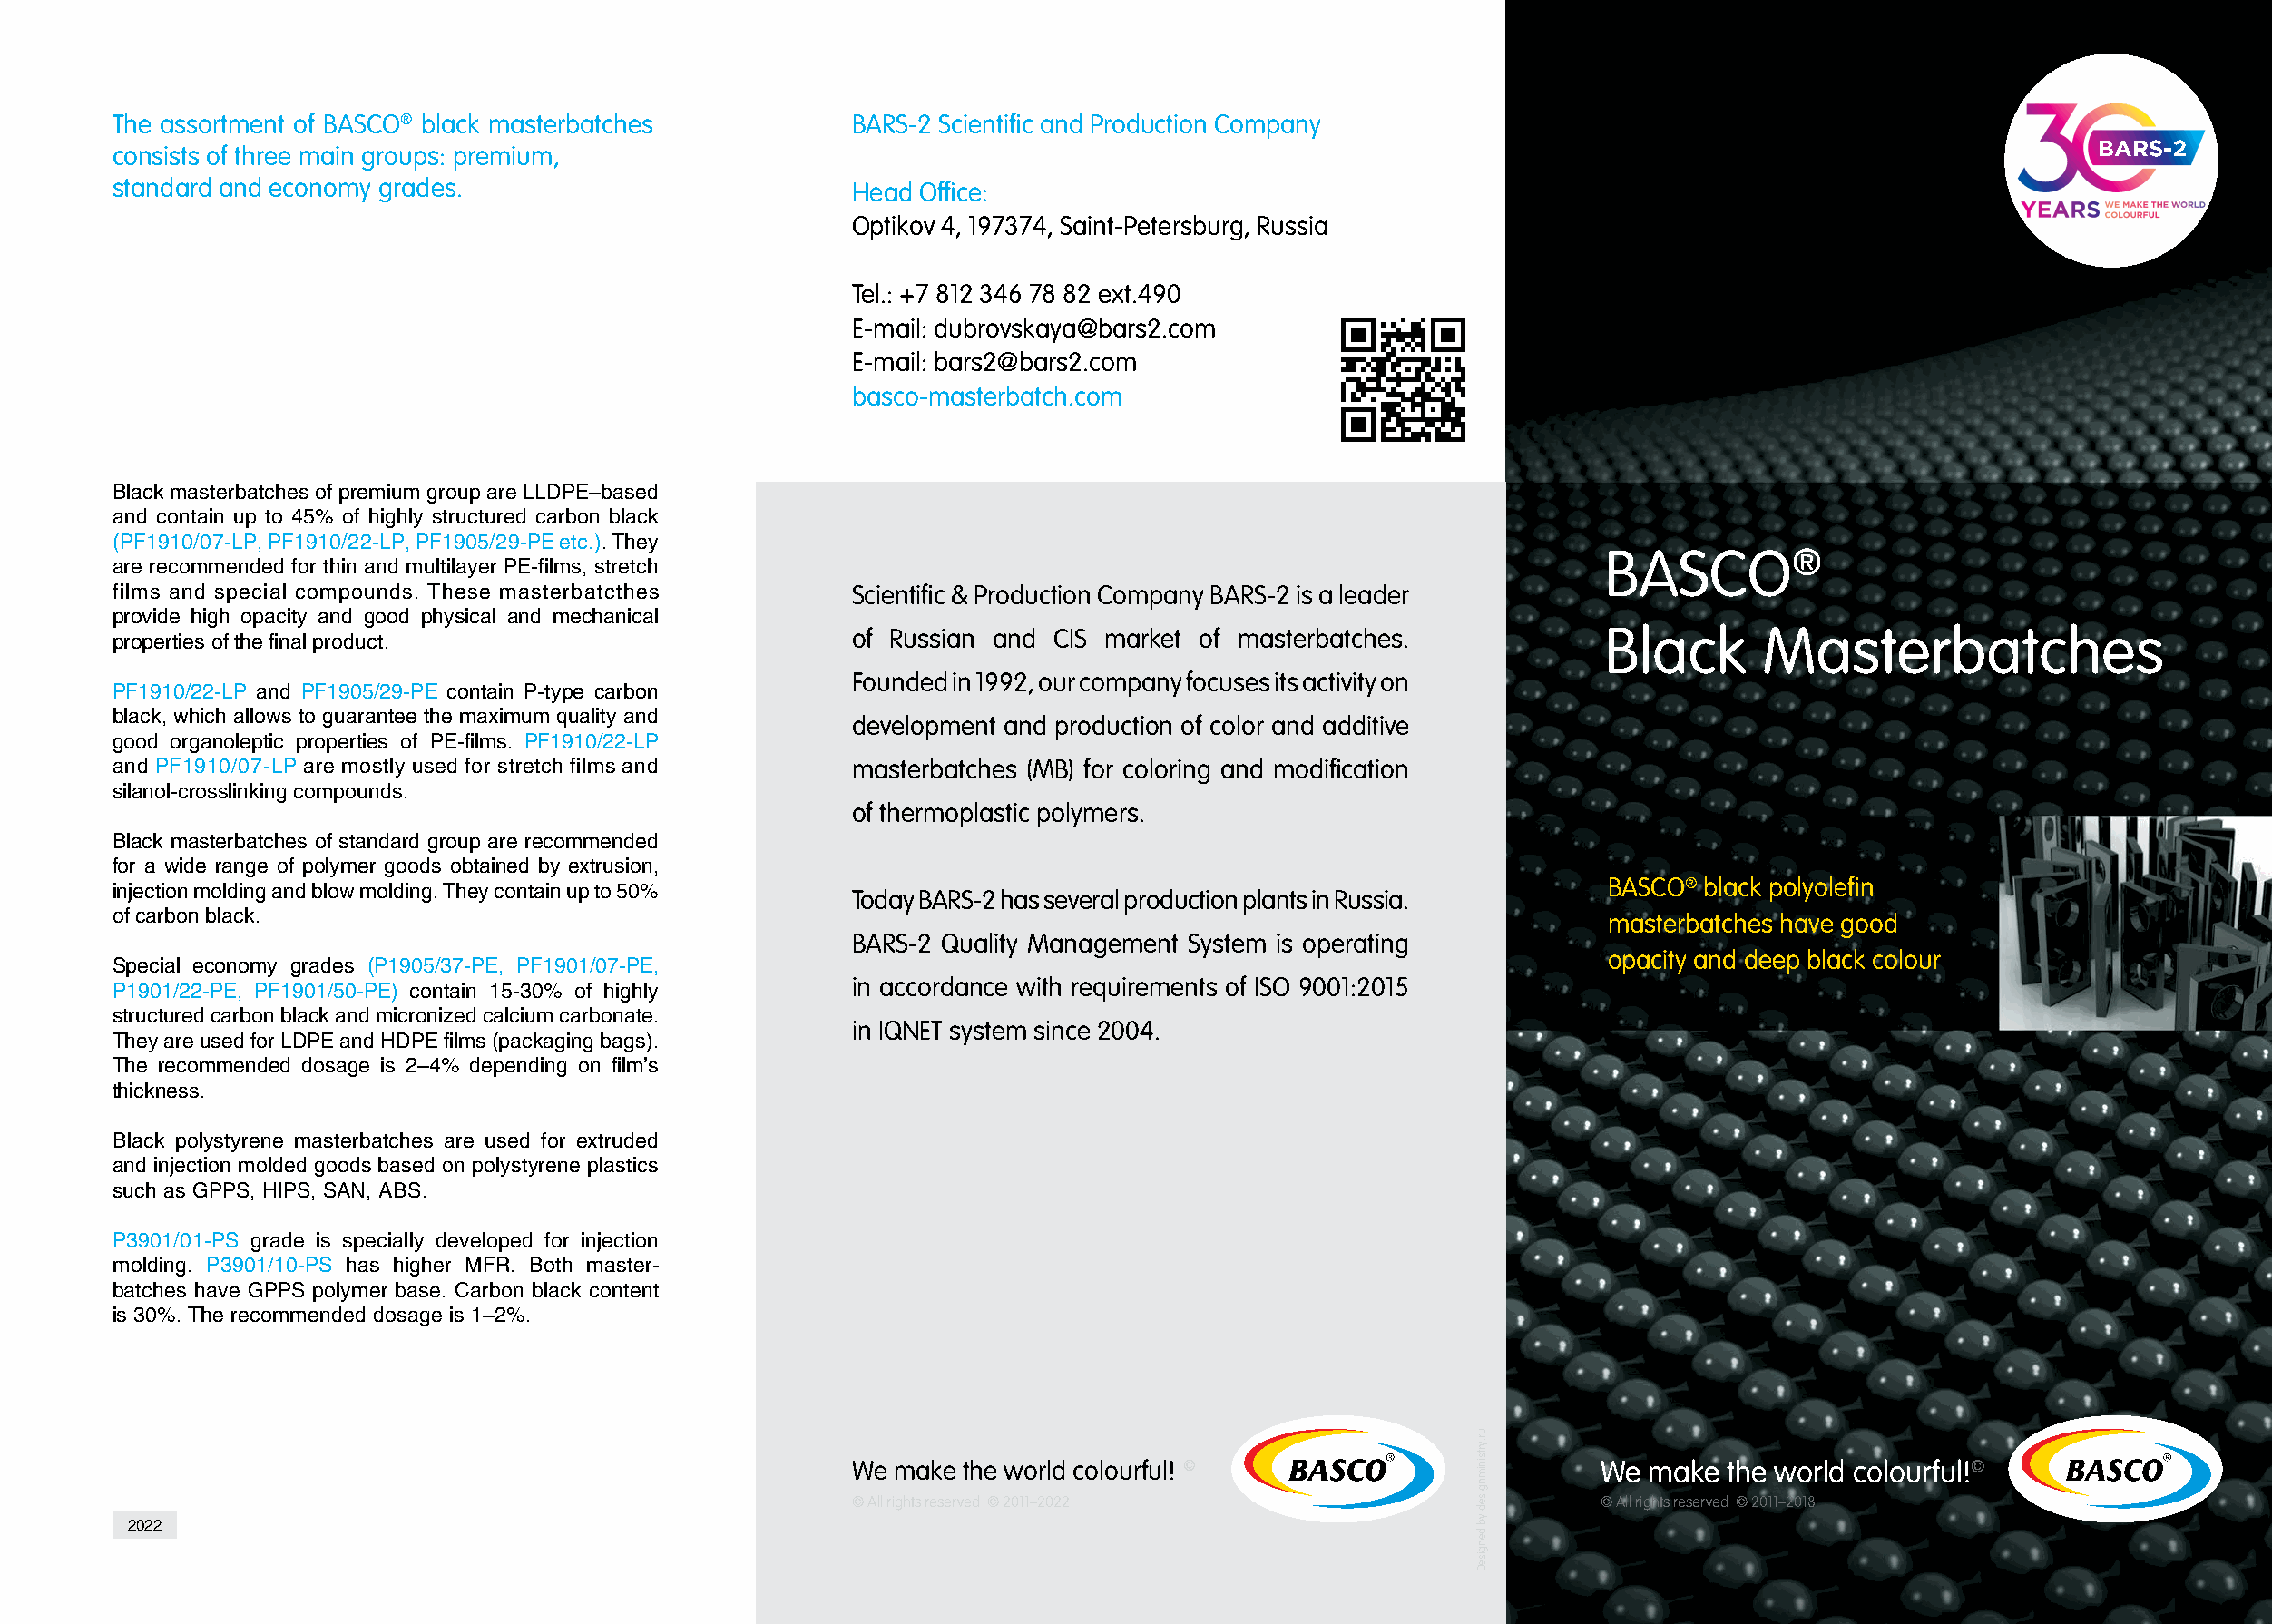
The assortment of BASCO® black masterbatches          BARS-2 Scientific and Production Company
 consists of three main groups: premium,
 standard and economy grades.                          Head Office:
 Optikov 4, 197374, Saint-Petersburg, Russia
 Tel.: +7 812 346 78 82 ext.490
 E-mail: dubrovskaya@bars2.com
 E-mail: bars2@bars2.com
 basco-masterbatch.com
 Black masterbatches of premium group are LLDPE–based
 and contain up to 45% of highly structured carbon black
 (PF1910/07-LP, PF1910/22-LP, PF1905/29-PE etc.). They
 BASCO®
 are recommended for thin and multilayer PE-films, stretch
 films and special compounds. These masterbatcthes     Scientific & Production Company BARS-2 is a leader
 provide high opacity and good physical and mechanical
 properties of the final product.                      of Russian and CIS market of masterbatches.            Black       Masterbatches
 Founded in 1992, our company focuses its activity on
 PF1910/22-LP and PF1905/29-PE contain P-type carbon
 black, which allows to guarantee the maximum quality and
 development and production of color and additive
 good organoleptic properties of PE-films. PF1910/22-LP
 and PF1910/07-LP are mostly used for stretch films and masterbatches (MB) for coloring and modification
 silanol-crosslinking compounds.
 of thermoplastic polymers.
 Black masterbatches of standard group are recommended
 for a wide range of polymer goods obtained by extrusion,
 injection molding and blow molding. They contain up to 50%                                                   BASCO® black polyolefin
 Today BARS-2 has several production plants in Russia.
 of carbon black.
 masterbatches have good
 BARS-2 Quality Management System is operating
 opacity and deep black colour
 Special economy grades (P1905/37-PE, PF1901/07-PE,
 P1901/22-PE, PF1901/50-PE) contain 15-30% of highly   in accordance with requirements of ISO 9001:2015
 structured carbon black and micronized calcium carbonate.
 in IQNET system since 2004.
 They are used for LDPE and HDPE films (packaging bags).
 The recommended dosage is 2–4% depending on film’s
 thickness.
 Black polystyrene masterbatches are used for extruded
 and injection molded goods based on polystyrene plastics
 such as GPPS, HIPS, SAN, ABS.
 P3901/01-PS grade is specially developed for injection
 molding. P3901/10-PS has higher MFR. Both master-
 batches have GPPS polymer base. Carbon black content
 is 30%. The recommended dosage is 1–2%.
 We make the world colourful! ©                         We make  the world colourful!©
 © All rights reserved © 2011–2022                      © All rights reserved © 2011–2018
 2022
 uurr..yyrrttssiinniimmnnggiisseedd
 yybb
 ddeennggiisseeDD